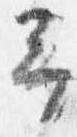
予